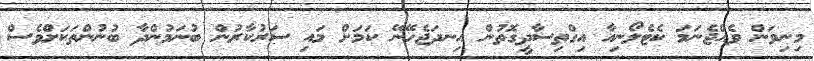
މިނިވަން ވެއްޖެނަމަ ކެޓެލޯނިއާ އިގްތިސާދީގޮތުން އިނދަޖެހޭނޭ ކަމަށް މައި ސަރުކާރުން ބުނަމުންދާ ބުނުންތަކަށްވެސް